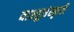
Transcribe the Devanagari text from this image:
वास्तूसंस्कृती